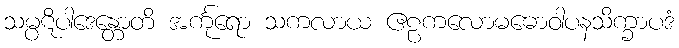
သမ္ပဋိပါဒေန္တောတိ အင်္ကုရော သကလာယ ဧဠကလောမဓောဝါပနသိက္ခာပဒံ